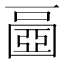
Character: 𡈧